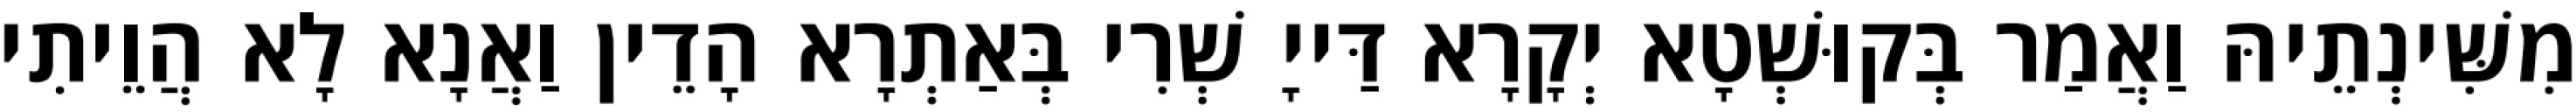
מִשִּׁינְתֵיהּ וַאֲמַר בְּקוּשְׁטָא יְקָרָא דַּייָ שְׁרִי בְּאַתְרָא הָדֵין וַאֲנָא לָא הֲוֵיתִי